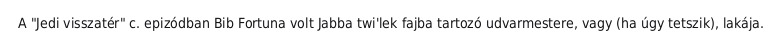
A "Jedi visszatér" c. epizódban Bib Fortuna volt Jabba twi'lek fajba tartozó udvarmestere, vagy (ha úgy tetszik), lakája.